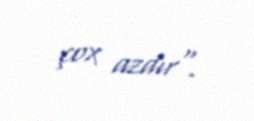
çox azdır".